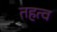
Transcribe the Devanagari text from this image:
तहत्व